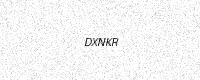
Text: DXNKR